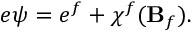
e \psi = e ^ { f } + \chi ^ { f } ( { \bf B } _ { f } ) .